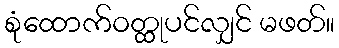
စုံထောက်ဝတ္ထုပင်လျှင် မဖတ်။